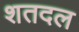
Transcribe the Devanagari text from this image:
शतदल